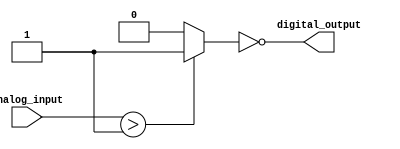
module schmitt_trigger_inverter (
    input wire analog_input,
    output wire digital_output
);

wire schmitt_output;
wire inverter_output;

// Schmitt trigger logic
assign schmitt_output = (analog_input > 2'h1) ? 1'b1 : 1'b0;

// Inverter logic
assign inverter_output = ~schmitt_output;

// Output logic
assign digital_output = inverter_output;

endmodule